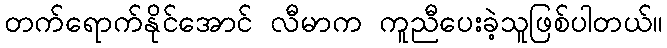
တက်ရောက်နိုင်အောင် လီမာက ကူညီပေးခဲ့သူဖြစ်ပါတယ်။